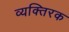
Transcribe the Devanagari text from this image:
व्यक्तिरक